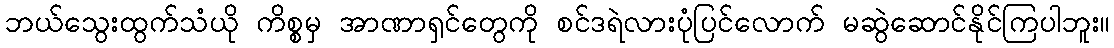
ဘယ်သွေးထွက်သံယို ကိစ္စမှ အာဏာရှင်တွေကို စင်ဒရဲလားပုံပြင်လောက် မဆွဲဆောင်နိုင်ကြပါဘူး။